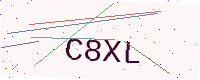
Text: C8XL